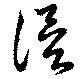
謨